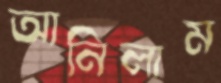
আনিলাম